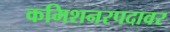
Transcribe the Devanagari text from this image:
कमिशनरपदावर